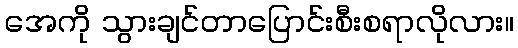
အေကို သွားချင်တာပြောင်းစီးစရာလိုလား။